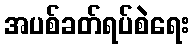
အပစ်ခတ်ရပ်စဲရေး